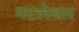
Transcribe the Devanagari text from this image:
गटलेवार